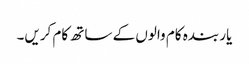
یار بندہ کام والوں کے ساتھ کام کریں۔